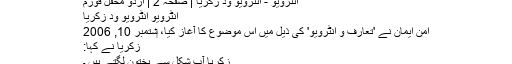
انٹرویو - انٹرویو وِد زکریا | صفحہ 2 | اردو محفل فورم
انٹرویو انٹرویو وِد زکریا
امن ایمان نے 'تعارف و انٹرویو' کی ذیل میں اس موضوع کا آغاز کیا، ‏ستمبر 10, 2006
زکریا نے کہا:
زکریا آپ شکل سے پختون لگتے ہیں ۔